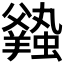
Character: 𧒦